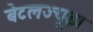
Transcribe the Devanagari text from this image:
बेटलज्यूझ